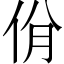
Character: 佾